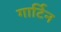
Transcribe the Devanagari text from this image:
गार्टिन